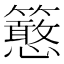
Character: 𥷌